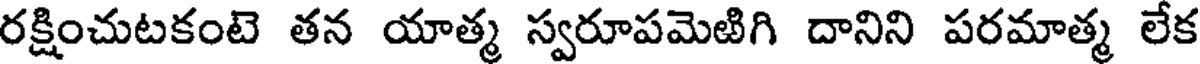
రక్షించుటకంటె తన యాత్మ స్వరూపమెటిగి దానిని పరమాత్మ లేక